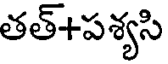
తత్+పశ్యసి